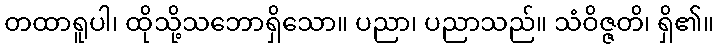
တထာရူပါ၊ ထိုသို့သဘောရှိသော။ ပညာ၊ ပညာသည်။ သံဝိဇ္ဇတိ၊ ရှိ၏။